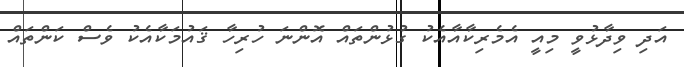
އަދި ވިދާޅުވީ މިއީ އެމެރިކާއާއެކު ގުޅުންތައް އޮންނަ ހުރިހާ ޤައުމަކާއެކު ވެސް ކަންތައް